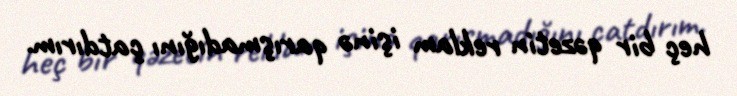
heç bir qəzetin reklam işinə qarışmadığını çatdırım.